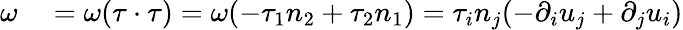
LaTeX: \begin{array}{rl}{\omega}&{{}=\omega(\tau\cdot\tau)=\omega(-\tau_{1}n_{2}+\tau_{2}n_{1})=\tau_{i}n_{j}(-\partial_{i}u_{j}+\partial_{j}u_{i})}\end{array}